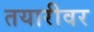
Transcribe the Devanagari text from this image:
तयारीवर